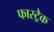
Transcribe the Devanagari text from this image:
फास्ट्रैक